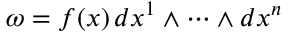
\omega = f ( x ) \, d x ^ { 1 } \wedge \cdots \wedge d x ^ { n }